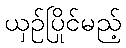
ယှဉ်ပြိုင်မည့်